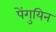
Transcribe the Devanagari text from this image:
पेंगुयिन